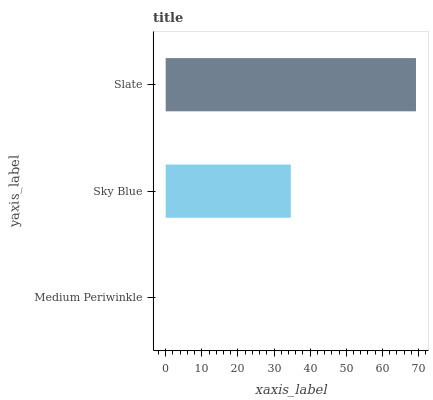
| yaxis_label | bars |
 | --- | --- |
 | Medium Periwinkle | 0 |
 | Sky Blue | 34.6 |
 | Slate | 69.3 |